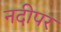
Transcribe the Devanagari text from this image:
नदीपर